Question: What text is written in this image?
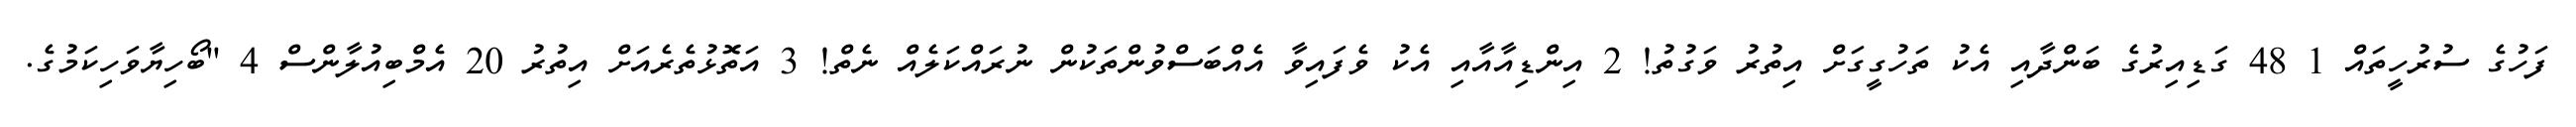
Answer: ފަހުގެ ސުރުހީތައް 1 48 ގަޑިއިރުގެ ބަންދާއި އެކު ތަހުގީގަށް އިތުރު ވަގުތު! 2 އިންޑިއާއާއި އެކު ވެފައިވާ އެއްބަސްވުންތަކުން ނުރައްކަލެއް ނެތް! 3 އަތޮޅުތެރެއަށް އިތުރު 20 އެމްބިއުލާންސް 4 "ބޯހިޔާވަހިކަމުގެ.